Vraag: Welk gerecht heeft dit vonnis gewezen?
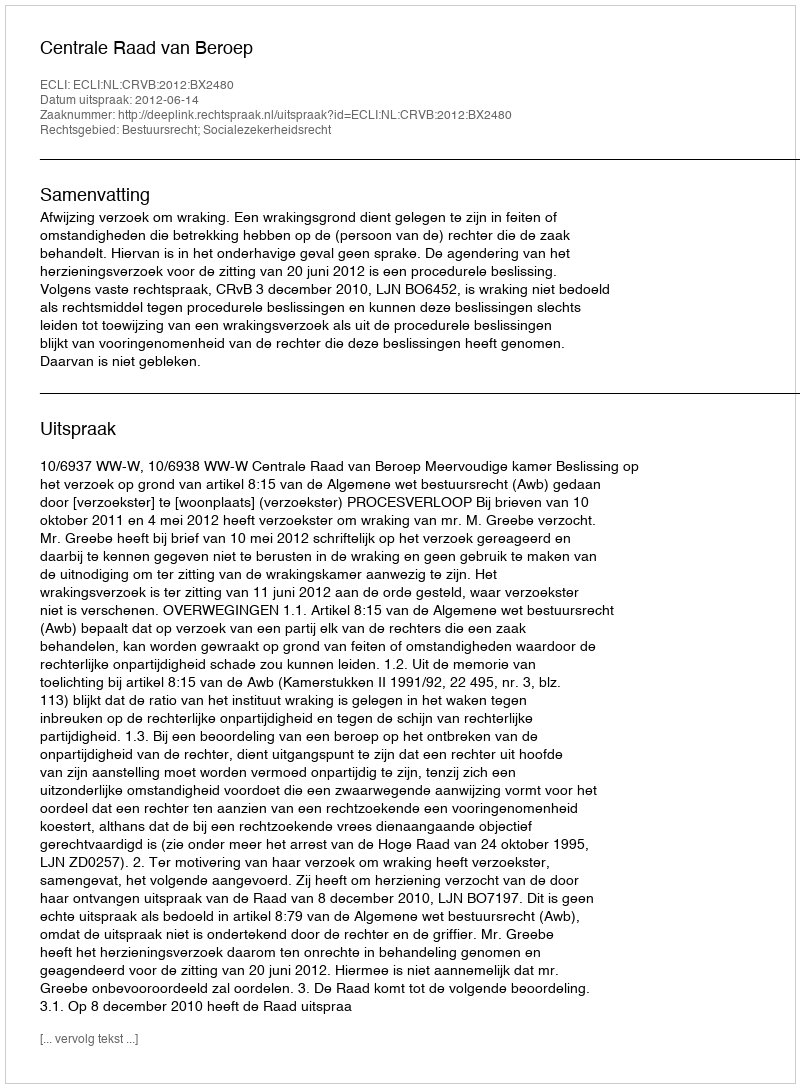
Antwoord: Centrale Raad van Beroep